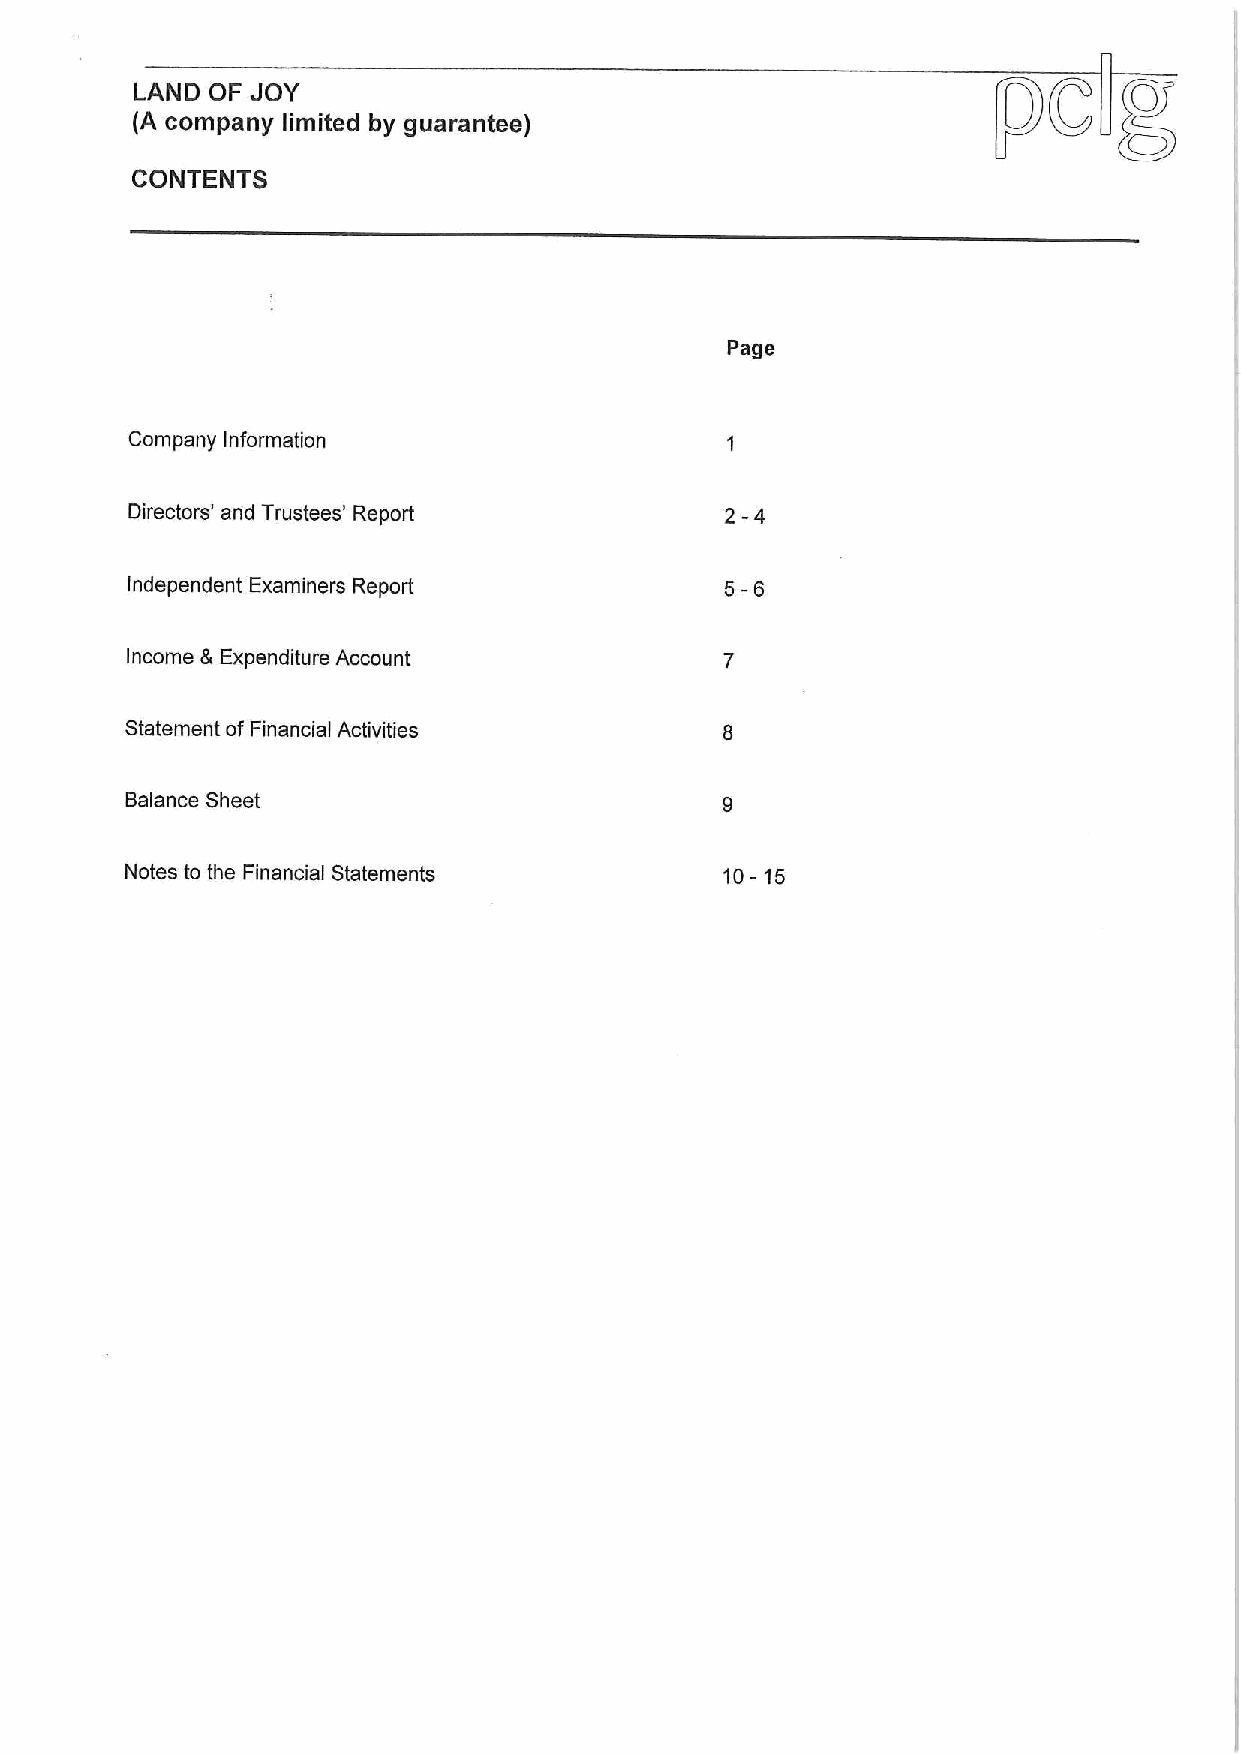
LAND OF JOY
 (A company limited by guarantee)
 CONTENTS
 Page
 Company Information
 Directors' and Trustees' Report         2-4
 Independent Examiners Report            5-6
 Income &Expenditure Account
 Statement of Financial Activities
 Balance Sheet
 Notes to the Financial Statements       10-15